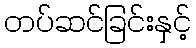
တပ်ဆင်ခြင်းနှင့်